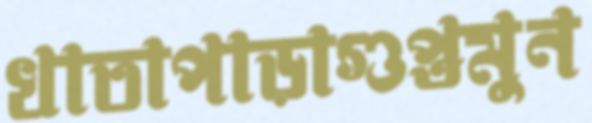
খাতাপাড়াগুপ্তমুন